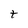
Character: t